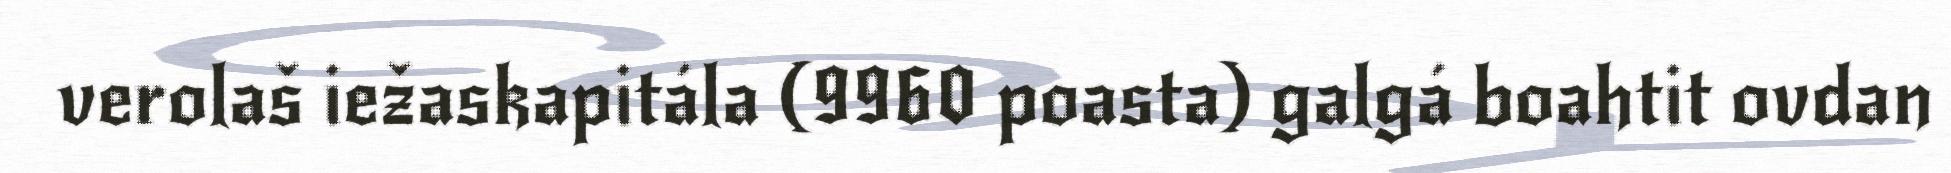
verolaš iežaskapitála (9960 poasta) galgá boahtit ovdan